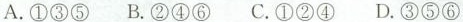
A.①③⑤ B.d ②④⑥ C.①②④ D.③⑤⑥